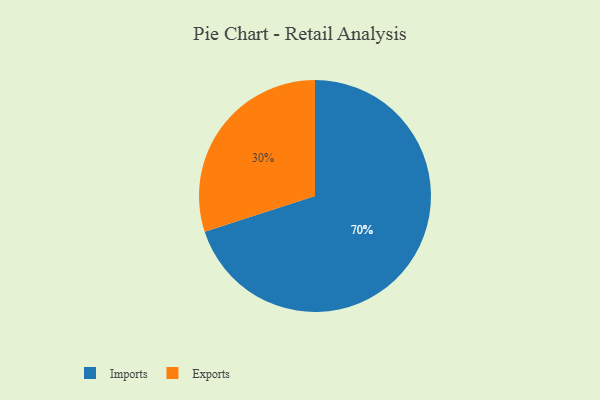
{"axis": {"x": "Category", "y": "Percentage"}, "legend": ["Exports", "Imports"], "data": [{"x": "Imports", "y": 70, "type": "Imports"}, {"x": "Exports", "y": 30, "type": "Exports"}]}